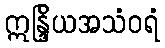
ဣန္ဒြိယအသံဝရံ